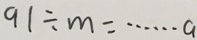
9 1 \div m = \cdots a